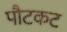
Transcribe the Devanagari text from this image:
पौटकट